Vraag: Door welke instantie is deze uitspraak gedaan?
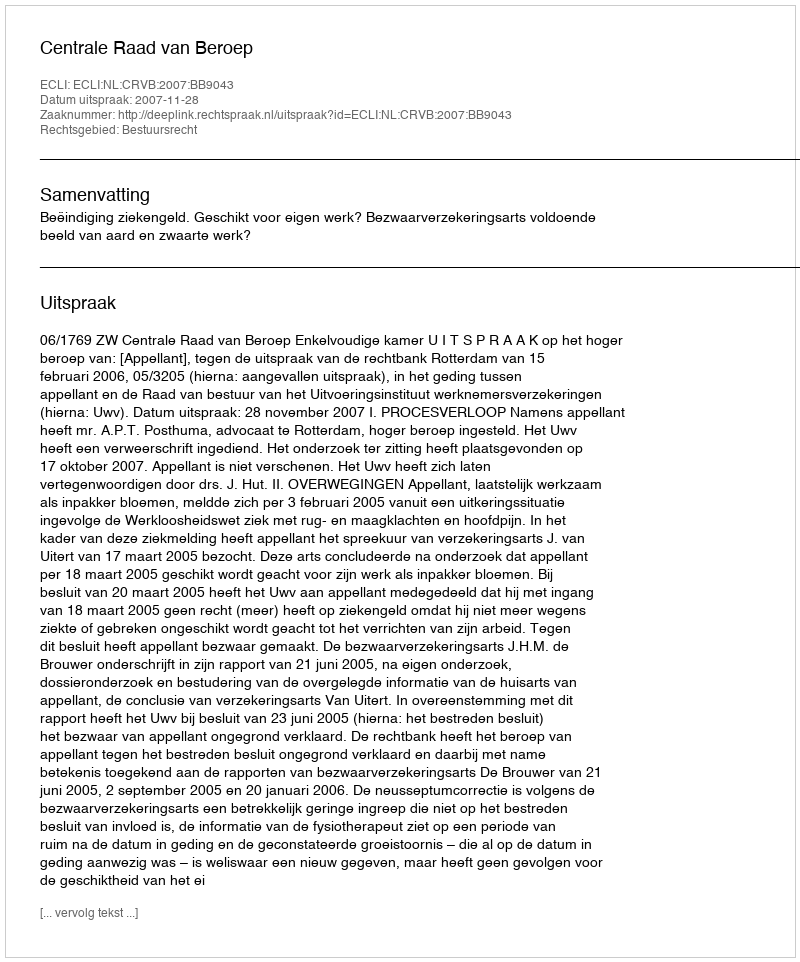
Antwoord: Centrale Raad van Beroep